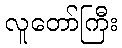
လူတော်ကြီး